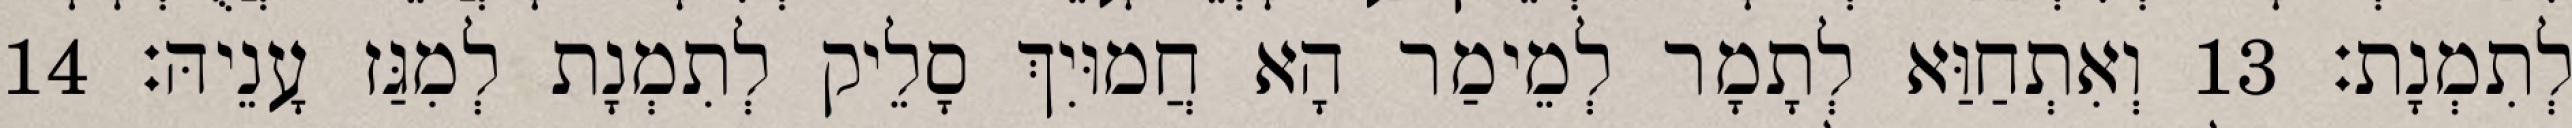
לְתִמְנָת׃ 13 וְאִתְחַוַּא לְתָמָר לְמֵימַר הָא חֲמוּיִךְ סָלֵיק לְתִמְנָת לְמִגַּז עָנֵיהּ׃ 14